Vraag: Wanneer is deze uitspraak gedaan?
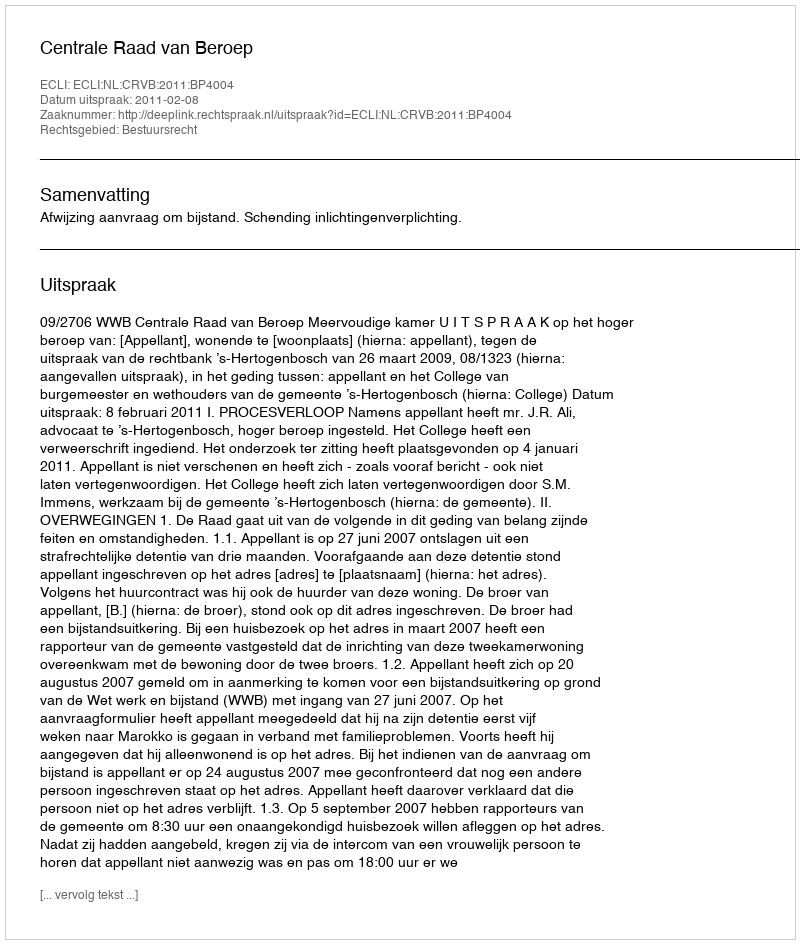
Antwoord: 2011-02-08